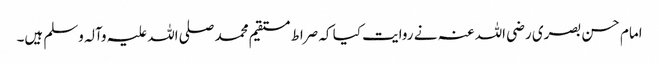
امام حسن بصری رضی اللہ عنہ نے روایت کیا کہ صراط مستقیم محمد صلی اللہ علیہ وآلہ وسلم ہیں۔